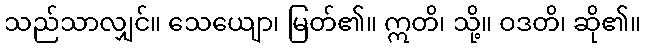
သည်သာလျှင်။ သေယျော၊ မြတ်၏။ ဣတိ၊ သို့။ ဝဒတိ၊ ဆို၏။